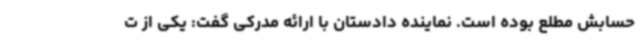
حسابش مطلع بوده است. نماینده دادستان با ارائه مدرکی گفت: یکی از ت